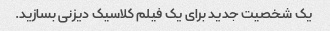
یک شخصیت جدید برای یک فیلم کلاسیک دیزنی بسازید.